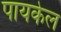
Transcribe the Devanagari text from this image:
पायकेल